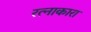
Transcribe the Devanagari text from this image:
रत्नाकारा